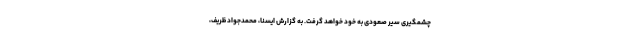
چشمگیری سیر صعودی به خود خواهد گرفت. به گزارش ایسنا، محمدجواد ظریف،